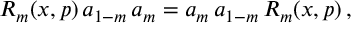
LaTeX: R _ { m } ( x , p ) \, a _ { 1 - m } \, a _ { m } = a _ { m } \, a _ { 1 - m } \, R _ { m } ( x , p ) \, ,